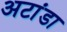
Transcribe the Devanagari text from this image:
अटांडा